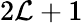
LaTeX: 2\mathcal{L}+1